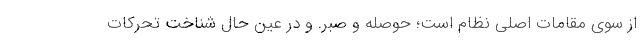
از سوی مقامات اصلی نظام است؛ حوصله و صبر. و در عین حال شناخت تحرکات